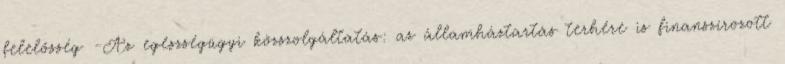
felelősség -Az egészségügyi közszolgáltatás: az államháztartás terhére is finanszírozott